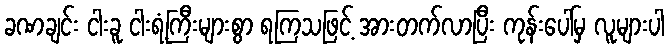
ခဏချင်း ငါးခူ ငါးရံ့ကြီးများစွာ ရကြသဖြင့် အားတက်လာပြီး ကုန်းပေါ်မှ လူများပါ